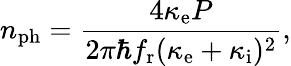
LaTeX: n_{\mathrm{ph}}=\frac{4\kappa_{\mathrm{e}}P}{2\pi\hbar f_{\mathrm{r}}(\kappa_{\mathrm{e}}+\kappa_{\mathrm{i}})^{2}},